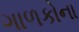
ગાળકોના